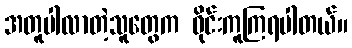
အတူပါလာတဲ့သူတွေက ဝိုင်းကူကြရပါတယ်။